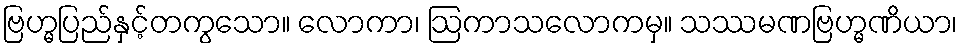
ဗြဟ္မပြည်နှင့်တကွသော။ လောကာ၊ ဩကာသလောကမှ။ သဿမဏဗြဟ္မဏိယာ၊